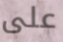
على